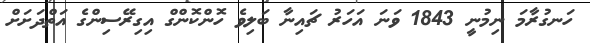
ހަނގުރާމަ ނިމުނީ 1843 ވަނަ އަހަރު ޗައިނާ ބަލިވެ ހޮންކޮންގް އިގިރޭސިންގެ އަތްދަށަށް